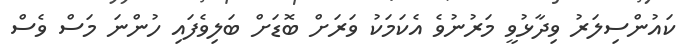
ކައުންސިލަރު ވިދާޅުވީ މަރުނުވެ އެކަމަކު ވަރަށް ބޮޑަށް ބަލިވެފައި ހުންނަ މަސް ވެސް